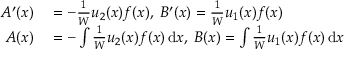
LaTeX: \begin{array} { r l } { A ^ { \prime } ( x ) } & { { } = - { \frac { 1 } { W } } u _ { 2 } ( x ) f ( x ) , \; B ^ { \prime } ( x ) = { \frac { 1 } { W } } u _ { 1 } ( x ) f ( x ) } \\ { A ( x ) } & { { } = - \int { \frac { 1 } { W } } u _ { 2 } ( x ) f ( x ) \, \mathrm { d } x , \; B ( x ) = \int { \frac { 1 } { W } } u _ { 1 } ( x ) f ( x ) \, \mathrm { d } x } \end{array}